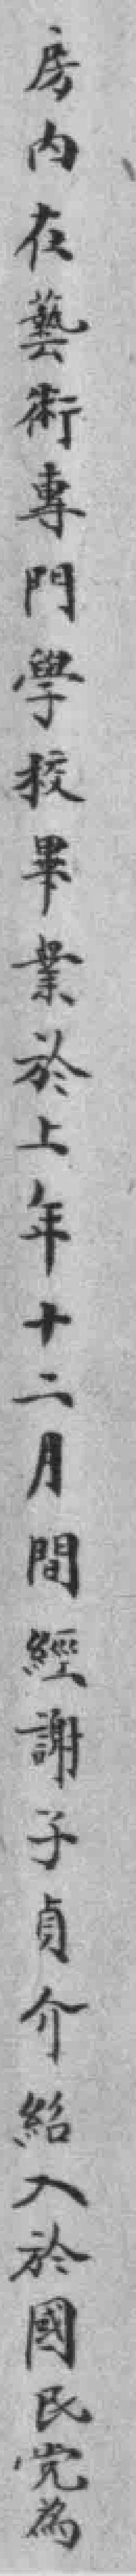
房内在藝術專門學校畢業於上年十二月間經謝子貞介紹入於國民党為